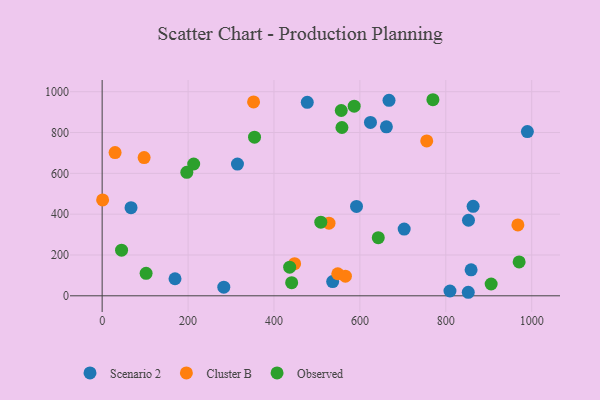
{"axis": {"x": "Distance", "y": "Profit"}, "legend": ["Cluster B", "Observed", "Scenario 2"], "data": [{"x": "809.7", "y": 23.6, "type": "Scenario 2"}, {"x": "67.2", "y": 432.0, "type": "Scenario 2"}, {"x": "858.9", "y": 127.4, "type": "Scenario 2"}, {"x": "477.5", "y": 948.2, "type": "Scenario 2"}, {"x": "536.6", "y": 69.5, "type": "Scenario 2"}, {"x": "315.0", "y": 645.2, "type": "Scenario 2"}, {"x": "852.3", "y": 17.3, "type": "Scenario 2"}, {"x": "624.6", "y": 849.4, "type": "Scenario 2"}, {"x": "989.9", "y": 804.5, "type": "Scenario 2"}, {"x": "283.2", "y": 42.3, "type": "Scenario 2"}, {"x": "169.6", "y": 83.6, "type": "Scenario 2"}, {"x": "661.7", "y": 827.8, "type": "Scenario 2"}, {"x": "592.1", "y": 437.9, "type": "Scenario 2"}, {"x": "863.6", "y": 438.3, "type": "Scenario 2"}, {"x": "852.8", "y": 370.1, "type": "Scenario 2"}, {"x": "703.1", "y": 327.1, "type": "Scenario 2"}, {"x": "667.8", "y": 957.6, "type": "Scenario 2"}, {"x": "1.1", "y": 469.6, "type": "Cluster B"}, {"x": "352.5", "y": 950.0, "type": "Cluster B"}, {"x": "30.1", "y": 701.8, "type": "Cluster B"}, {"x": "548.5", "y": 108.1, "type": "Cluster B"}, {"x": "755.6", "y": 758.8, "type": "Cluster B"}, {"x": "566.3", "y": 96.2, "type": "Cluster B"}, {"x": "967.8", "y": 347.4, "type": "Cluster B"}, {"x": "528.1", "y": 355.7, "type": "Cluster B"}, {"x": "97.7", "y": 677.5, "type": "Cluster B"}, {"x": "448.0", "y": 157.4, "type": "Cluster B"}, {"x": "905.6", "y": 57.8, "type": "Observed"}, {"x": "45.2", "y": 223.4, "type": "Observed"}, {"x": "354.7", "y": 777.0, "type": "Observed"}, {"x": "770.0", "y": 960.7, "type": "Observed"}, {"x": "558.2", "y": 824.6, "type": "Observed"}, {"x": "970.7", "y": 166.2, "type": "Observed"}, {"x": "102.3", "y": 110.3, "type": "Observed"}, {"x": "586.7", "y": 929.0, "type": "Observed"}, {"x": "197.1", "y": 605.0, "type": "Observed"}, {"x": "436.5", "y": 140.2, "type": "Observed"}, {"x": "509.0", "y": 360.9, "type": "Observed"}, {"x": "213.1", "y": 645.7, "type": "Observed"}, {"x": "642.8", "y": 284.9, "type": "Observed"}, {"x": "556.6", "y": 907.8, "type": "Observed"}, {"x": "441.2", "y": 64.2, "type": "Observed"}]}